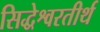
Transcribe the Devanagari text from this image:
सिद्धेश्वरतीर्थ